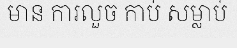
មាន ការលួច កាប់ សម្លាប់